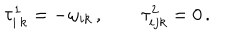
LaTeX: \tau _ { i \, k } ^ { 1 } = - \omega _ { i k } \, , \qquad \tau _ { i j k } ^ { 2 } = 0 \, .